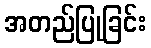
အတည်ပြုခြင်း